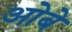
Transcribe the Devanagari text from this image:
ओबे